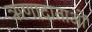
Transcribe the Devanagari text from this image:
ऋणादाताओं